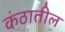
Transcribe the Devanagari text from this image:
कंठातील